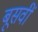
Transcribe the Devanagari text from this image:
बूसवीं